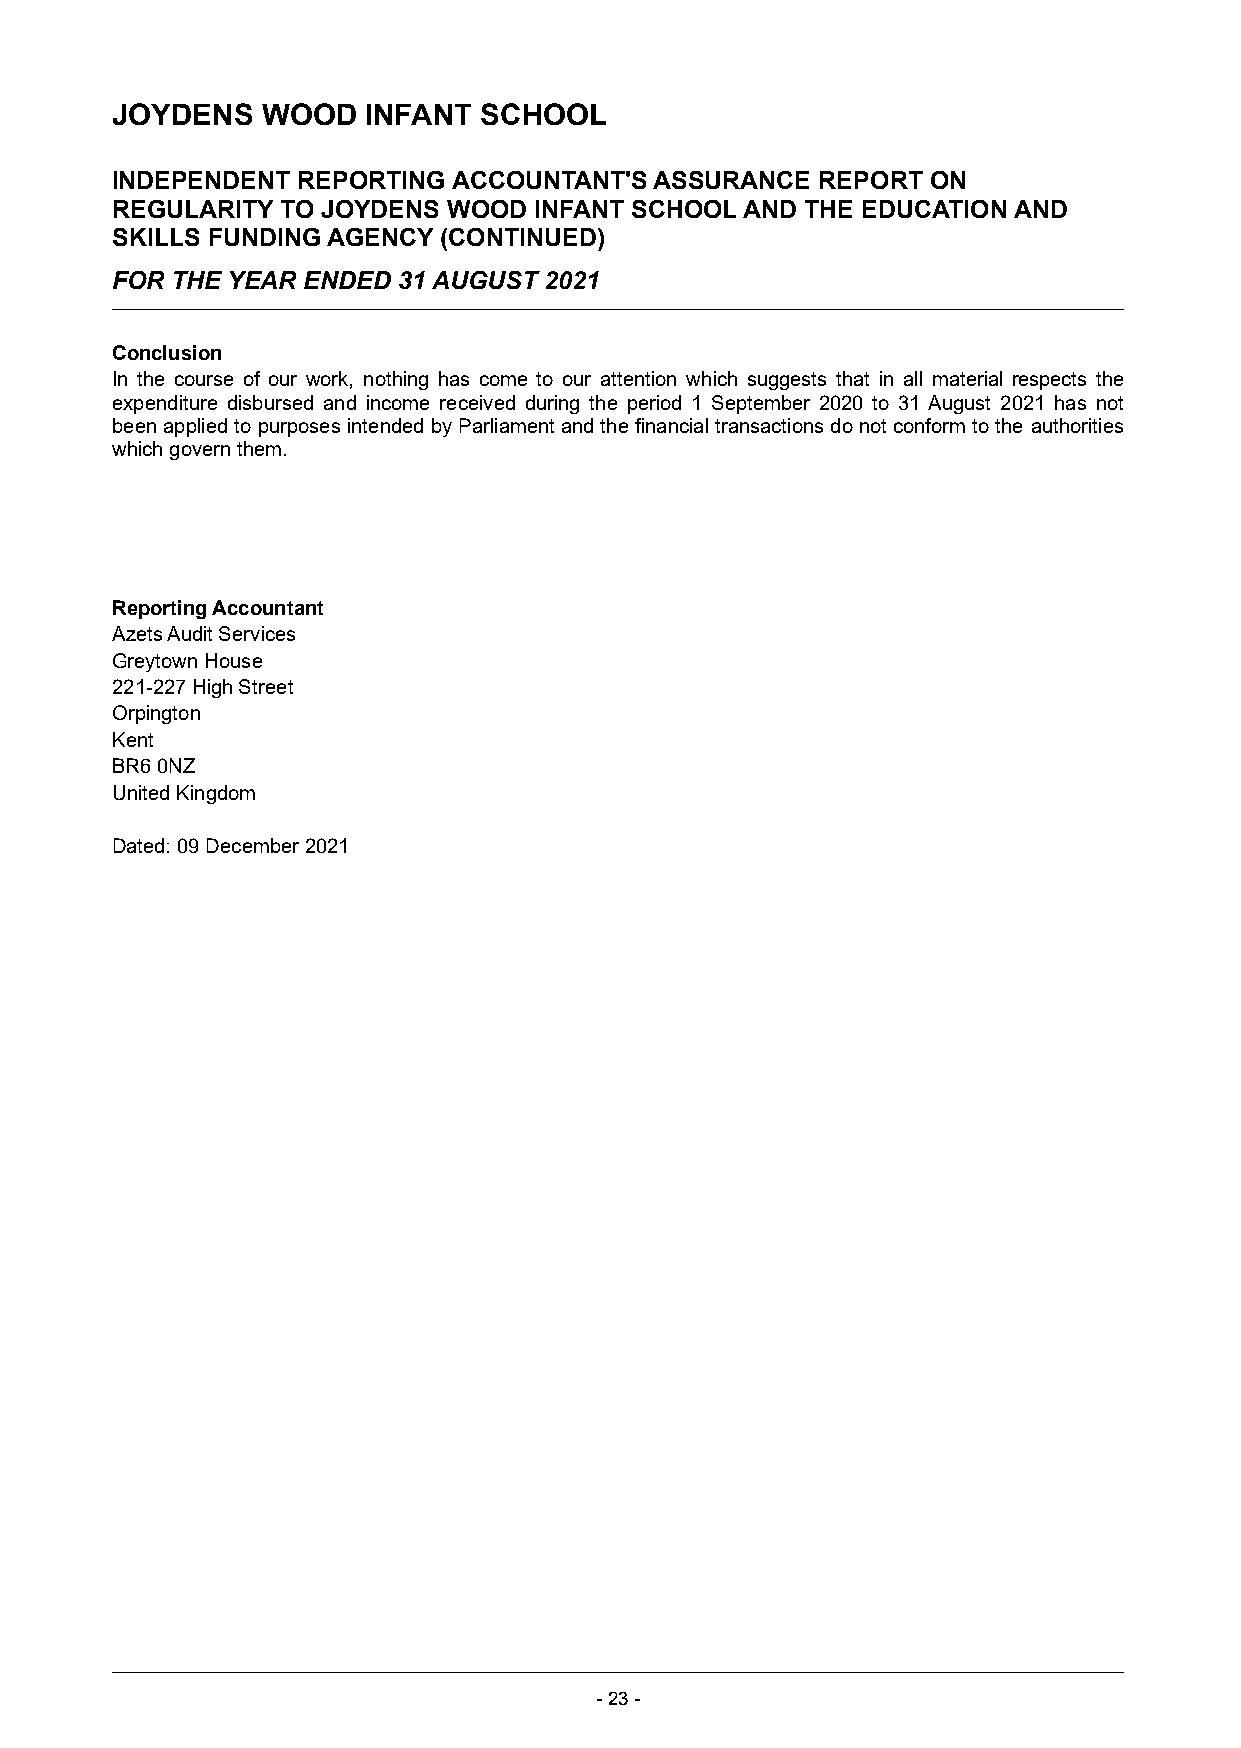
JOYDENS   WOOD   INFANT  SCHOOL
 INDEPENDENT  REPORTING ACCOUNTANT'S ASSURANCE  REPORT  ON
 REGULARITY  TO JOYDENS WOOD INFANT SCHOOL AND THE EDUCATION AND
 SKILLS FUNDING AGENCY (CONTINUED)
 FOR THE YEAR ENDED 31 AUGUST 2021
 Conclusion
 In the course of our work, nothing has come to our attention which suggests that in all material respects the
 expenditure disbursed and income received during the period 1 September 2020 to 31 August 2021 has not
 been applied to purposes intended by Parliament and the financial transactions do not conform to the authorities
 which govern them.
 Reporting Accountant
 Azets Audit Services
 Greytown House
 221-227 High Street
 Orpington
 Kent
 BR6 0NZ
 United Kingdom
 Dated: 09 December 2021
 -23 -